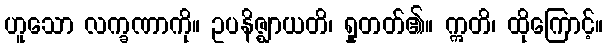
ဟူသော လက္ခဏာကို။ ဥပနိဇ္ဈာယတိ၊ ရှုတတ်၏။ ဣတိ၊ ထိုကြောင့်။